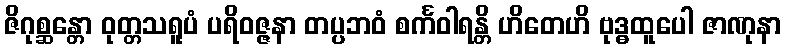
ဇိဂုစ္ဆန္တော ဝုတ္တသရူပံ ပရိဝဇ္ဇနာ တပ္ပဘဝံ စင်္ကဝါရန္တိ ဟိတေဟိ ဗုဒ္ဓထူပေါ ဇာဏုနာ